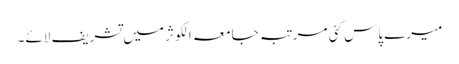
میرے پاس کئی مرتبہ جامعہ الکوثر میں تشریف لائے۔